Senior Leaving Certificate Examination (including Day School Certificate (Higher) General paper), 1948
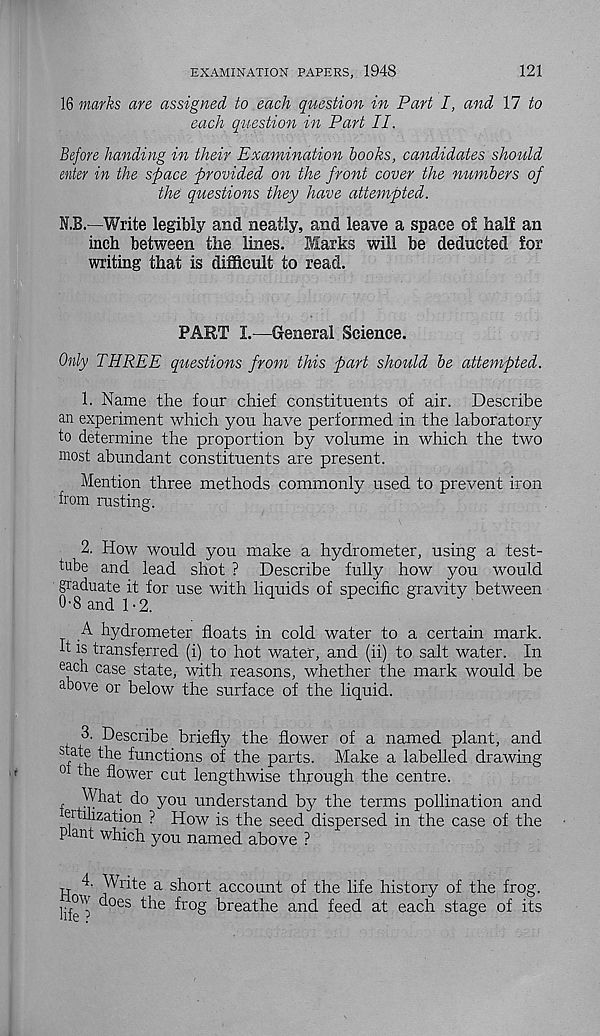
EXAMINATION PAPERS, 1948
121
16 marks are assigned to each question in Part I, and 11 to
each question in Part II.
Before handing in their Examination hooks, candidates should
enter in the space provided on the front cover the numbers of
the questions they have attempted.
N.B.—Write legibly and neatly, and leave a space o! half an
inch between the lines. Marks will be deducted for
writing that is difficult to read.
PART I.—General Science.
Only THREE questions from this part should he attempted.
1. Name the four chief constituents of air. Describe
an experiment which you have performed in the laboratory
to determine the proportion by volume in which the two
most abundant constituents are present.
Mention three methods commonly used to prevent iron
from rusting.
2. How would you make a hydrometer, using a test-
tube and lead shot ? Describe fully how you would
graduate it for use with liquids of specific gravity between
0'8 and 1-2.
A hydrometer floats in cold water to a certain mark.
It is transferred (i) to hot water, and (ii) to salt water. In
each case state, with reasons, whether the mark would be
above or below the surface of the liquid.
3. Describe briefly the flower of a named plant, and
f u
^u nc^ions
the parts. Make a labelled drawing
0 the flower cut lengthwise through the centre.
r What do you understand by the terms pollination and
utilization ? How is the seed dispersed in the case of the
plant which you named above ?
4. Write a short account of the life history of the frog,
lipo ^0 es
^r o § breathe and feed at each stage of its